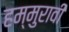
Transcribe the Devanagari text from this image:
हम्मुरावी